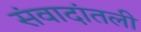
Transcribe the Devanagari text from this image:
संवादांतली